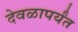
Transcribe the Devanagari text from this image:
देवळापर्यंत